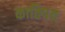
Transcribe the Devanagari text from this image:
कातिपय